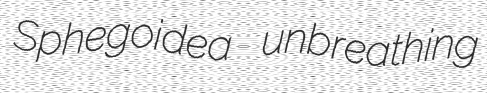
Sphegoidea unbreathing